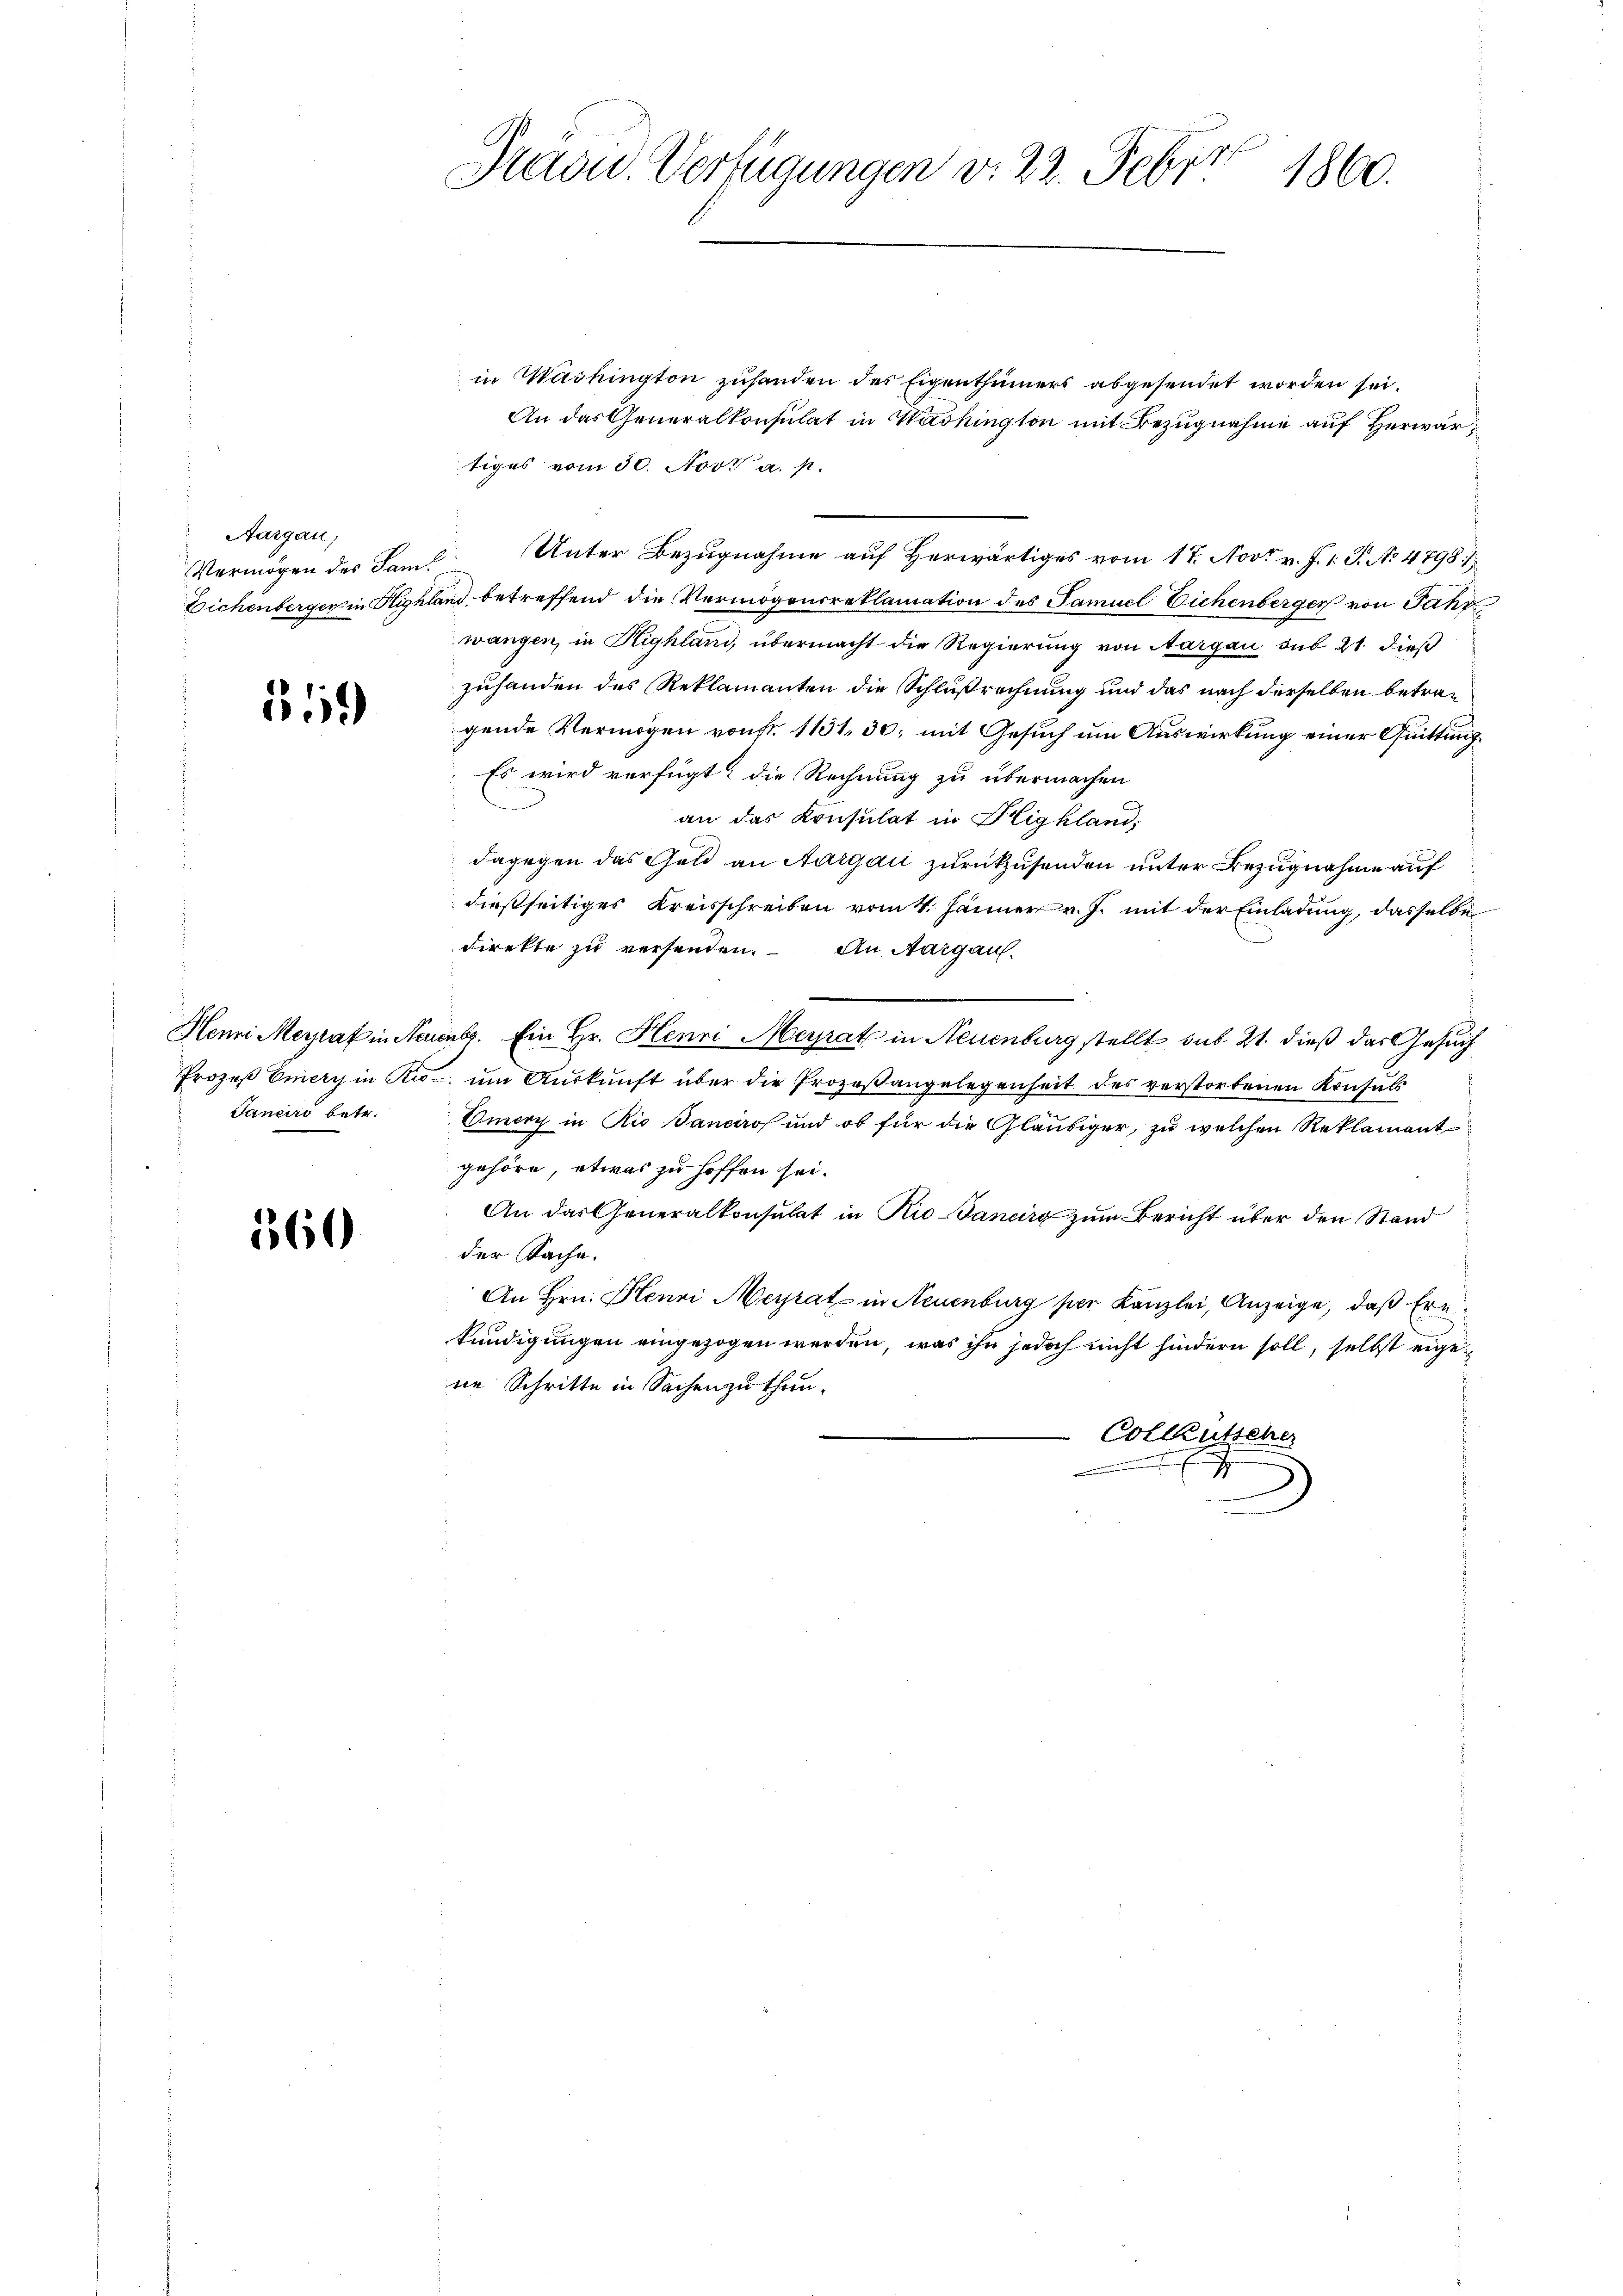
Aargau,

11)

Janeiro betr.

360

Tradid. Verfügungen v. 22. Feber
1860.

in Washington zuhanden des Eigenthümers abgesendet worden sei.
An das Generalkonsulat in Washington mit Bezugnahme auf Herwärtiges vom 30. Nov. a. p.
Vermögen des Sam. Unter Bezugnahme auf Herwärtiges vom 17. Nov. v. J. 1. P. No 4798/
Eichenberger in Highland, betreffend die Vermögensreklamation des Samuel Eichenberger von Jahr
wangen, in Highland, übermacht die Regierung von Aargau aus 21. dieß
zuhanden des Reklamanten die Schlußrechnung und das nach derselben betragende Vermögen von fr. 1131, 30; mit Gesuch um Auswirkung einer Quittung¬
Es wird verfügt, die Rechnung zu übermachen
an das Konsulat in Highland,
dagegen das Geld an Aargau zurückzusenden unter Bezugnahme auf
dießseitiges Kreisschreiben vom 4. Jänner v. J. mit der Einladung, dasselbe
direkte zu versenden. An Aargau.
Henni Meyrat in Neuenbe. Ein Hr. Henri Meyrat in Neuenburg stellt sub 21. dieß das Gesuch
Prozeß Enery in Ro- um Auskunft über die Prozeßangelegenheit des verstorbenen Konsuls
Omery in Rio anciros und ob für die Gläubiger, zu welchen Reklamant
gehöre, etwas zu hoffen sei.
An das Generalkonsulat in Rio Sanurg zum Bericht über den Stand
der Sache.
An Hrn. Henri Meyrat in Neuenburg per Kanzlei, Anzeige, daß Ern
kundigungen eingezogen werden, was ihn jedoch nicht hindern soll, selbst eige
ne Schritte in Sachen zu thun.
.
Collkutsener